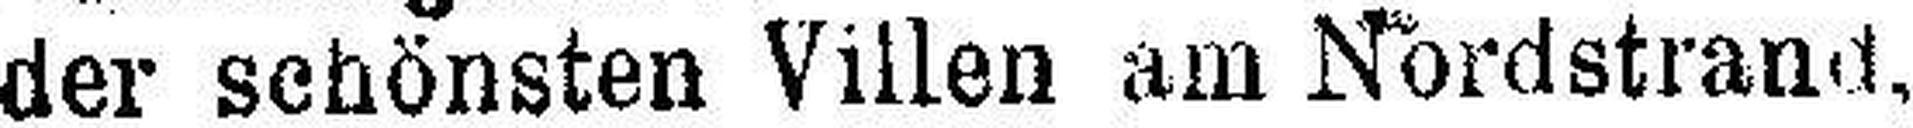
der schönsten Villen am Nordstrand,